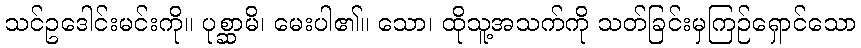
သင်ဥဒေါင်းမင်းကို။ ပုစ္ဆာမိ၊ မေးပါ၏။ သော၊ ထိုသူ့အသက်ကို သတ်ခြင်းမှကြဉ်ရှောင်သော